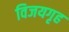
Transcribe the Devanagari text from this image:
विजयगृह